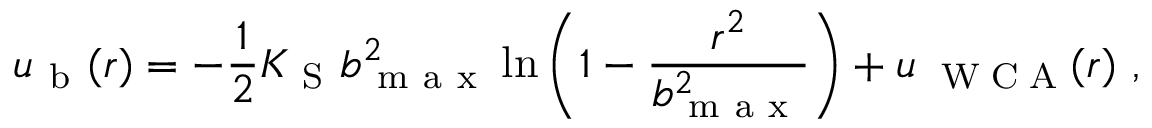
u _ { \mathrm { ~ b ~ } } ( r ) = - \frac { 1 } { 2 } K _ { \mathrm { ~ S ~ } } b _ { \mathrm { ~ m ~ a ~ x ~ } } ^ { 2 } \ln \left( 1 - \frac { r ^ { 2 } } { b _ { \mathrm { ~ m ~ a ~ x ~ } } ^ { 2 } } \right) + u _ { \mathrm { ~ \tiny ~ W ~ C ~ A ~ } } ( r ) ~ ,